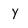
Character: y